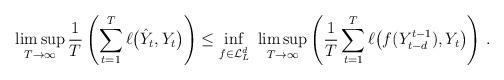
LaTeX: \begin{align*}\limsup_{T \to \infty} \frac{1}{T} \left( \sum_{t=1}^T \ell \bigl( \hat Y_t,Y_t \bigr) \right)& \leq \inf_{f \in \mathcal{L}_{L}^d}\ \limsup_{T \to \infty} \left( \frac{1}{T} \sum_{t=1}^T \ell\bigl(f(Y_{t-d}^{t-1}),Y_t\bigr) \right) \,.\end{align*}